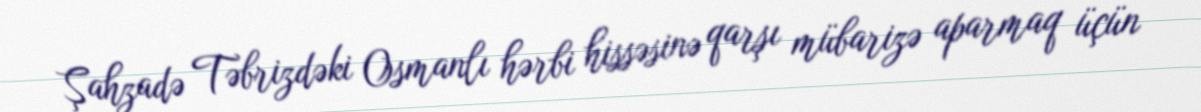
Şahzadə Təbrizdəki Osmanlı hərbi hissəsinə qarşı mübarizə aparmaq üçün